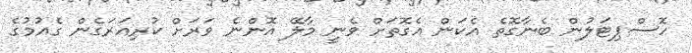
ހޮސްޕިޓަލުން ބެނާގޮތެ އެކަން އެގޮތަށް ވެނީ މާލޭ އޮންނެ ވަރަށް ކުރިއަރަގެން ގެއުމުގެ